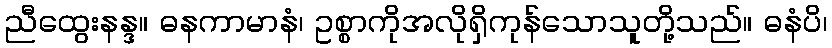
ညီထွေးနန္ဒ။ ဓနကာမာနံ၊ ဥစ္စာကိုအလိုရှိကုန်သောသူတို့သည်။ ဓနံပိ၊